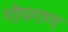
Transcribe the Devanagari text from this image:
गोपगण